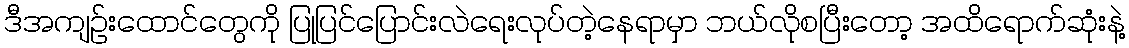
ဒီအကျဉ်းထောင်တွေကို ပြုပြင်ပြောင်းလဲရေးလုပ်တဲ့နေရာမှာ ဘယ်လိုစပြီးတော့ အထိရောက်ဆုံးနဲ့